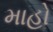
માહો